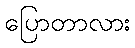
ပြောတာလား